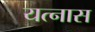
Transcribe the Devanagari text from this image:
यत्नास